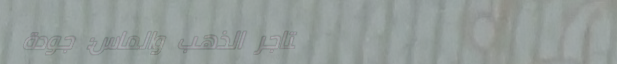
متاجر الذهب والماس: جودة